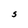
Character: S